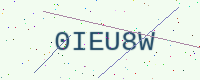
Text: 0IEU8W